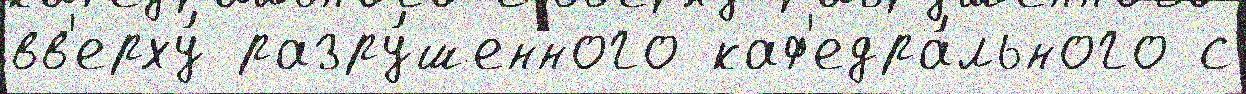
вв'ерху́ разру́шенного каф'едра́льного с